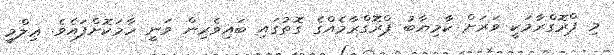
މި ޕްރޮގްރާމަކީ ވަރަށް ކާމިޔާބު ޕްރޮގްރާމެއްގެ ގޮތުގައި ބައިވެރިން ވަނީ ހާމަކޮށްފައެވެ. ޢިލްމީ